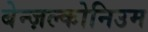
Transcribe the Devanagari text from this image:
बेन्ज़ल्कोनिउम